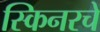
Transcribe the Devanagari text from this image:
स्किनरचे